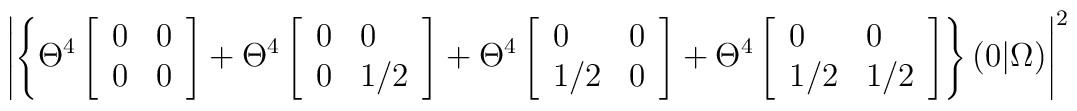
\left | \left \{ \Theta ^4 \left[ \begin{array} {ll}0 & 0 \\0 & 0\end{array} \right] + \Theta ^4 \left[\begin{array} {ll}0 & 0 \\0 & 1/2\end{array} \right] + \Theta ^4 \left[\begin{array} {ll}0 & 0 \\1/2 & 0\end{array} \right] + \Theta ^4 \left[\begin{array} {ll}0 & 0 \\1/2 & 1/2\end{array} \right] \right \} (0 \vert \Omega ) \right | ^2